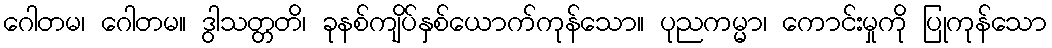
ဂေါတမ၊ ဂေါတမ။ ဒွါသတ္တတိ၊ ခုနစ်ကျိပ်နှစ်ယောက်ကုန်သော။ ပုညကမ္မာ၊ ကောင်းမှုကို ပြုကုန်သော